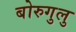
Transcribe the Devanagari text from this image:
बोरुगुलु